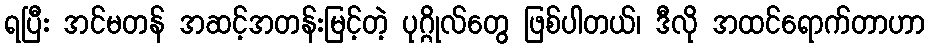
ရပြီး အင်မတန် အဆင့်အတန်းမြင့်တဲ့ ပုဂ္ဂိုလ်တွေ ဖြစ်ပါတယ်၊ ဒီလို အထင်ရောက်တာဟာ